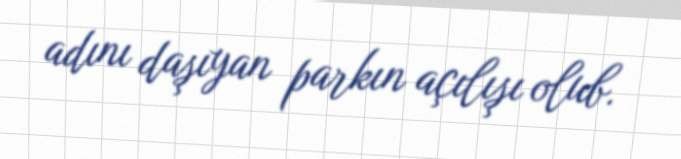
adını daşıyan parkın açılışı olub.